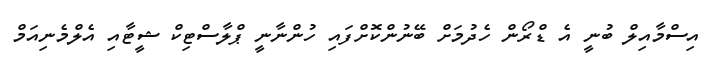
އިސްމާއިލް ބުނީ އެ ޑްރޯން ހެދުމަށް ބޭނުންކޮށްފައި ހުންނާނީ ޕްލާސްޓިކް ޝީޓާއި އެލްމެނިއަމް